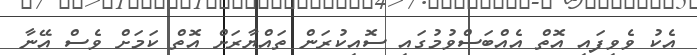
އެކު ވެވިފައި އޮތް އެއްބަސްވުމުގައި ސޮއިކުރަން ތައްޔާރަށް އޮތް ކަމަށް ވެސް އޭނާ